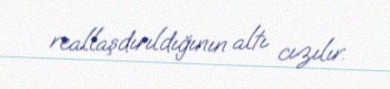
reallaşdırıldığının altı cızılır.